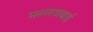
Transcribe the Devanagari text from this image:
मल्लवाबाई